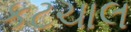
કટચાલ